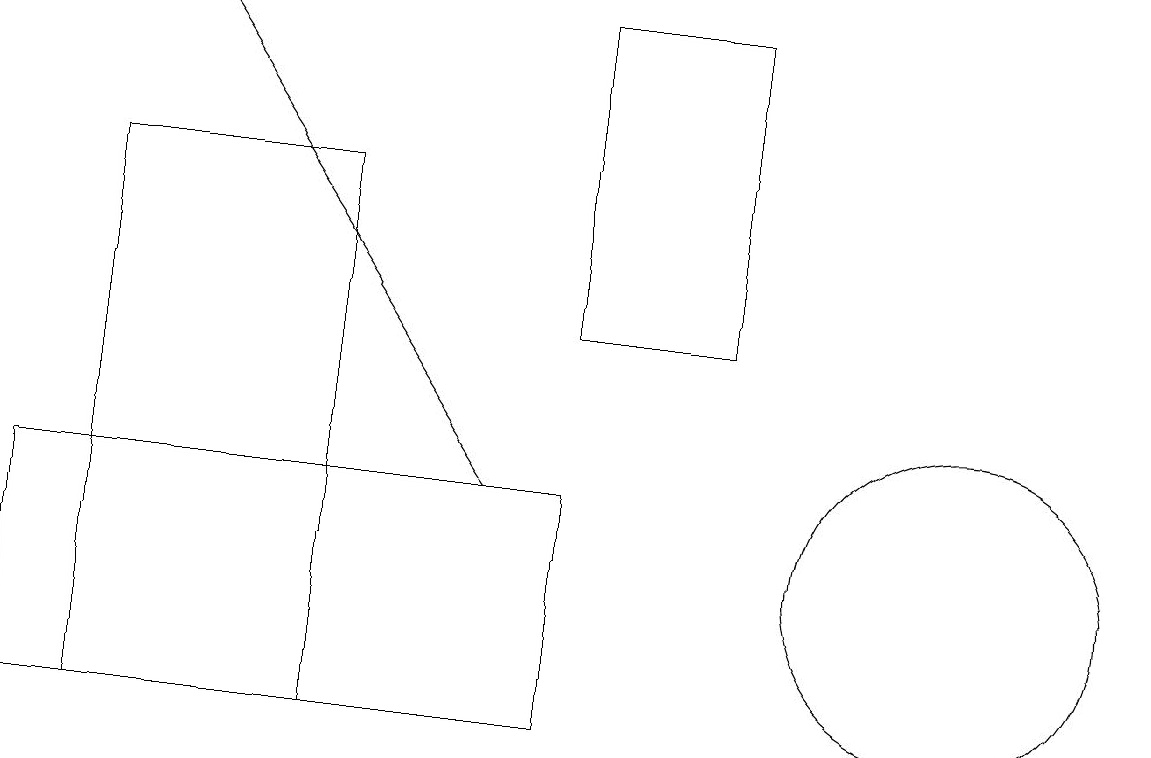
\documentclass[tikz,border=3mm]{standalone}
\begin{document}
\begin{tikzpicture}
\draw[->] (6,13) -- (2,19);
\draw (7,10) rectangle (0,13);
\draw (12,12) circle (2);
\draw (9,15) rectangle (7,19);
\draw (1,10) rectangle (4,17);
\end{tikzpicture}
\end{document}